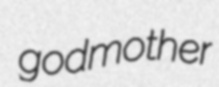
godmother